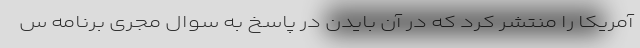
آمریکا را منتشر کرد که در آن بایدن در پاسخ به سوال مجری برنامه‌ س